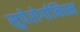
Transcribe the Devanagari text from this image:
सुपेरोर्गानिस्म